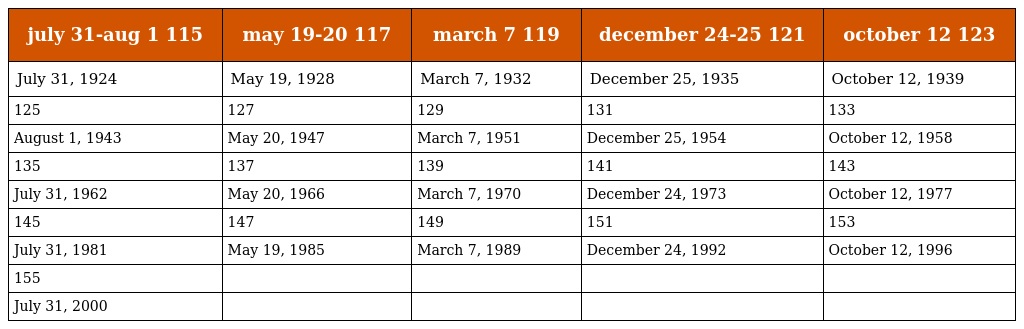
| july 31-aug 1 115 | may 19-20 117 | march 7 119 | december 24-25 121 | october 12 123 |
 | --- | --- | --- | --- | --- |
 | July 31, 1924 | May 19, 1928 | March 7, 1932 | December 25, 1935 | October 12, 1939 |
 | 125 | 127 | 129 | 131 | 133 |
 | August 1, 1943 | May 20, 1947 | March 7, 1951 | December 25, 1954 | October 12, 1958 |
 | 135 | 137 | 139 | 141 | 143 |
 | July 31, 1962 | May 20, 1966 | March 7, 1970 | December 24, 1973 | October 12, 1977 |
 | 145 | 147 | 149 | 151 | 153 |
 | July 31, 1981 | May 19, 1985 | March 7, 1989 | December 24, 1992 | October 12, 1996 |
 | 155 |  |  |  |  |
 | July 31, 2000 |  |  |  |  |